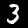
Label: 3